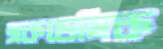
একডেমিক